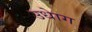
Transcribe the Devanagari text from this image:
उधाेग